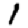
Digit: 1